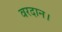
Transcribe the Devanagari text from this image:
वरदान।